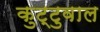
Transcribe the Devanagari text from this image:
कुट्टुवाल